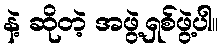
နဲ့ ဆိုတဲ့ အဖွဲ့ရှစ်ဖွဲ့ပါ။